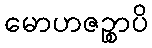
မောဟဇဉ္စာပိ